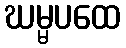
ဃမ္မပထေ